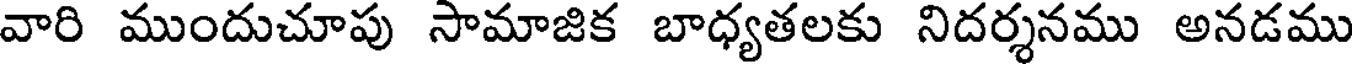
వారి ముందుచూపు సామాజిక బాధ్యతలకు నిదర్శనము అనడము